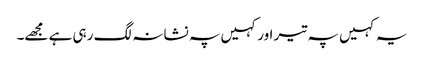
یہ کہیں پہ تیر اور کہیں پہ نشانہ لگ رہی ہے مجھے۔